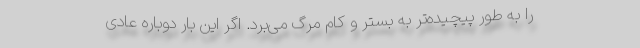
را به طور پیچیده‌تر به بستر و کام مرگ می‌برد. اگر این بار دوباره عادی